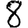
Digit: 8